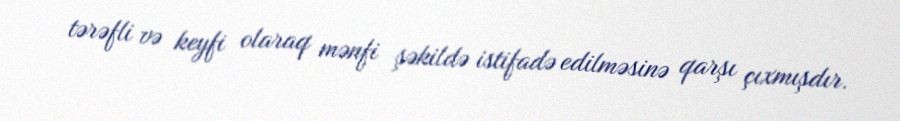
tərəfli və keyfi olaraq mənfi şəkildə istifadə edilməsinə qarşı çıxmışdır.